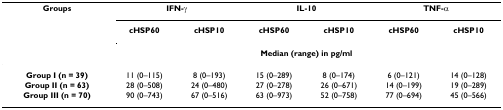
<table><thead><tr><td><b>Groups</b></td><td colspan="2"><b>IFN-γ</b></td><td colspan="2"><b>IL-10</b></td><td colspan="2"><b>TNF-α</b></td></tr><tr><td></td><td><b>cHSP60</b></td><td><b>cHSP10</b></td><td><b>cHSP60</b></td><td><b>cHSP10</b></td><td><b>cHSP60</b></td><td><b>cHSP10</b></td></tr><tr><td></td><td colspan="6"><b>Median (range) in pg/ml</b></td></tr></thead><tbody><tr><td><b>Group I (n = 39)</b></td><td>11 (0–115)</td><td>8 (0–193)</td><td>15 (0–289)</td><td>8 (0–174)</td><td>6 (0–121)</td><td>14 (0–128)</td></tr><tr><td><b>Group II (n = 63)</b></td><td>28 (0–508)</td><td>24 (0–480)</td><td>27 (0–278)</td><td>26 (0–671)</td><td>14 (0–199)</td><td>19 (0–289)</td></tr><tr><td><b>Group III (n = 70)</b></td><td>90 (0–743)</td><td>67 (0–516)</td><td>63 (0–973)</td><td>52 (0–758)</td><td>77 (0–694)</td><td>45 (0–566)</td></tr></tbody></table>